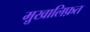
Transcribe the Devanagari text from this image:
मु़खालिफ़त